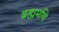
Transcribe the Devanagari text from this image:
ब्रह्ममणि